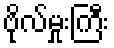
ဗိုလ်မှုးကြီး